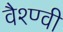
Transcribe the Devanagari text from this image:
वैश्ण्वी